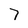
Character: 7